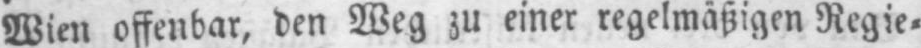
Wien offenbar, den Weg zu einer regelmäßigen Regie⸗